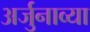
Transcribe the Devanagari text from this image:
अर्जुनाव्या